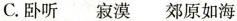
C.卧听 寂漠 郊原如海